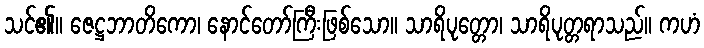
သင်၏။ ဇေဋ္ဌဘာတိကော၊ နောင်တော်ကြီးဖြစ်သော။ သာရိပုတ္တော၊ သာရိပုတ္တရာသည်။ ကဟံ